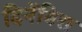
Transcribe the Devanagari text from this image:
दिनेंबिरा